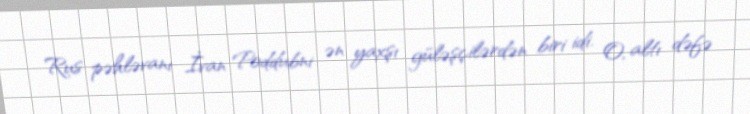
Rus pəhləvanı İvan Poddubni ən yaxşı güləşçilərdən biri idi. O, altı dəfə